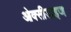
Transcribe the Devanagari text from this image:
ओक्सीडाइज